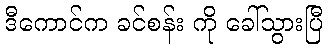
ဒီကောင်က ခင်စန်း ကို ခေါ်သွားပြီ